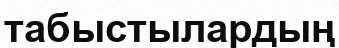
табыстылардың